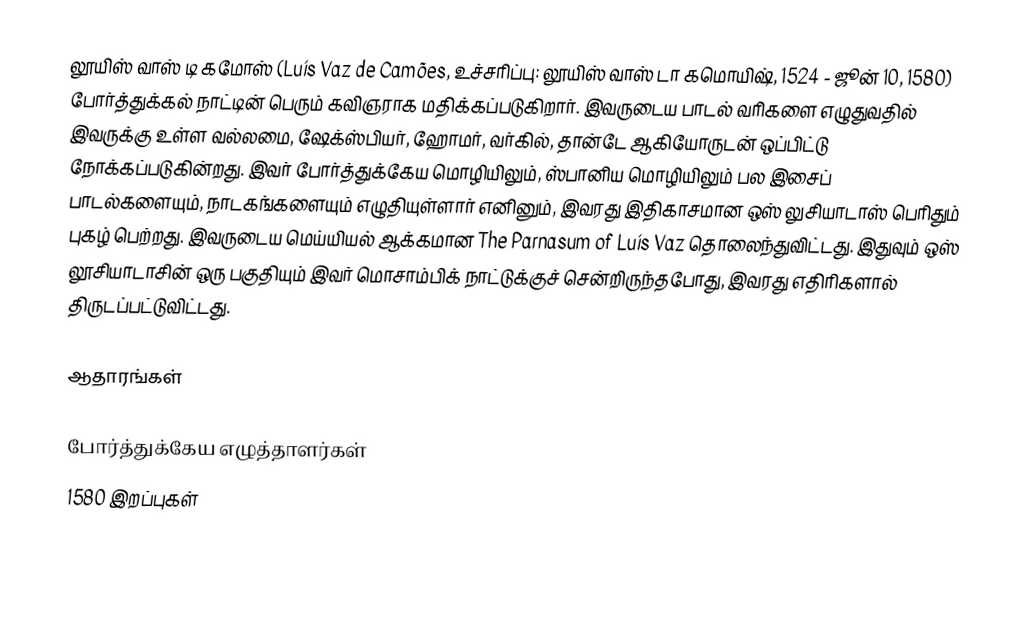
லூயிஸ் வாஸ் டி கமோஸ் (Luís Vaz de Camões, உச்சரிப்பு: லூயிஸ் வாஸ் டா கமொயிஷ், 1524 - ஜூன் 10, 1580) போர்த்துக்கல் நாட்டின் பெரும் கவிஞராக மதிக்கப்படுகிறார். இவருடைய பாடல் வரிகளை எழுதுவதில் இவருக்கு உள்ள வல்லமை, ஷேக்ஸ்பியர், ஹோமர், வர்கில், தான்டே ஆகியோருடன் ஒப்பிட்டு நோக்கப்படுகின்றது. இவர் போர்த்துக்கேய மொழியிலும், ஸ்பானிய மொழியிலும் பல இசைப் பாடல்களையும், நாடகங்களையும் எழுதியுள்ளார் எனினும், இவரது இதிகாசமான ஒஸ் லுசியாடாஸ் பெரிதும் புகழ் பெற்றது. இவருடைய மெய்யியல் ஆக்கமான The Parnasum of Luís Vaz தொலைந்துவிட்டது. இதுவும் ஒஸ் லூசியாடாசின் ஒரு பகுதியும் இவர் மொசாம்பிக் நாட்டுக்குச் சென்றிருந்தபோது, இவரது எதிரிகளால் திருடப்பட்டுவிட்டது.

ஆதாரங்கள்

போர்த்துக்கேய எழுத்தாளர்கள்
1580 இறப்புகள்